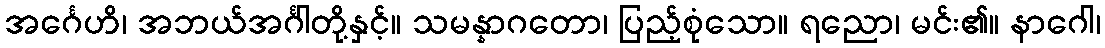
အင်္ဂေဟိ၊ အဘယ်အင်္ဂါတို့နှင့်။ သမန္နာဂတော၊ ပြည့်စုံသော။ ရညော၊ မင်း၏။ နာဂေါ၊